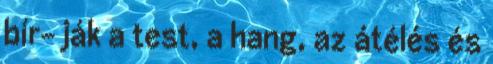
bír- ják a test, a hang, az átélés és